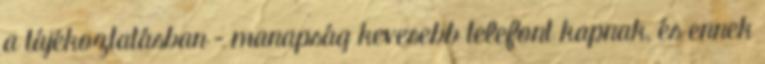
a tájékoztatásban – manapság kevesebb telefont kapnak, és ennek